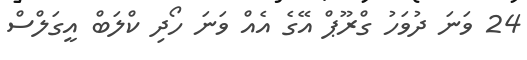
24 ވަނަ ދުވަހު ގްރޫޕް އޭގެ އެއް ވަނަ ހޯދި ކްލަބް އީގަލްސް